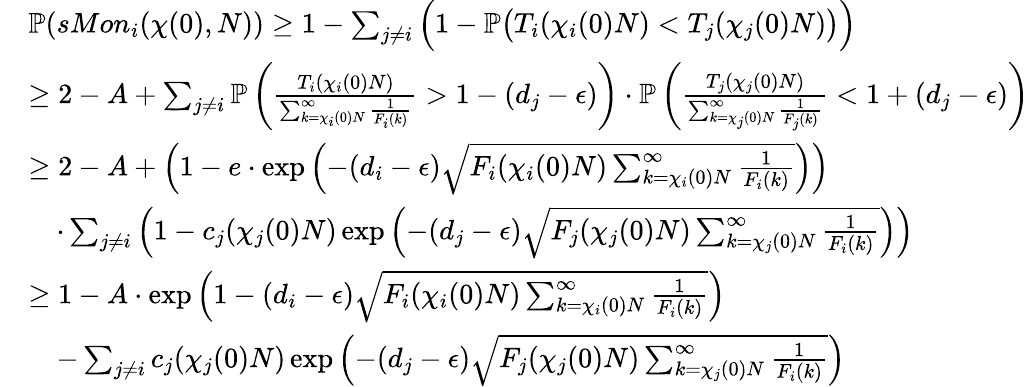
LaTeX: \begin{array}{rl}&{\mathbb{P}(sMon_{i}(\chi(0),N))\ge 1-\sum_{j\ne i}\Big(1-\mathbb{P}\big(T_{i}(\chi_{i}(0)N)<T_{j}(\chi_{j}(0)N)\big)\Big)}\\ &{\ge 2-A+\sum_{j\ne i}\mathbb{P}\left(\frac{T_{i}(\chi_{i}(0)N)}{\sum_{k=\chi_{i}(0)N}^{\infty}\frac{1}{F_{i}(k)}}>1-(d_{j}-\epsilon)\right)\cdot\mathbb{P}\left(\frac{T_{j}(\chi_{j}(0)N)}{\sum_{k=\chi_{j}(0)N}^{\infty}\frac{1}{F_{j}(k)}}<1+(d_{j}-\epsilon)\right)}\\ &{\ge 2-A+\left(1-e\cdot\exp\left(-(d_{i}-\epsilon)\sqrt{F_{i}(\chi_{i}(0)N)\sum_{k=\chi_{i}(0)N}^{\infty}\frac{1}{F_{i}(k)}}\right)\right)}\\ &{\quad\cdot\sum_{j\ne i}\left(1-c_{j}(\chi_{j}(0)N)\exp\left(-(d_{j}-\epsilon)\sqrt{F_{j}(\chi_{j}(0)N)\sum_{k=\chi_{j}(0)N}^{\infty}\frac{1}{F_{i}(k)}}\right)\right)}\\ &{\ge 1-A\cdot\exp\left(1-(d_{i}-\epsilon)\sqrt{F_{i}(\chi_{i}(0)N)\sum_{k=\chi_{i}(0)N}^{\infty}\frac{1}{F_{i}(k)}}\right)}\\ &{\quad-\sum_{j\ne i}c_{j}(\chi_{j}(0)N)\exp\left(-(d_{j}-\epsilon)\sqrt{F_{j}(\chi_{j}(0)N)\sum_{k=\chi_{j}(0)N}^{\infty}\frac{1}{F_{i}(k)}}\right)}\end{array}